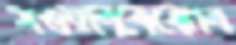
সওয়ালকেঝোল